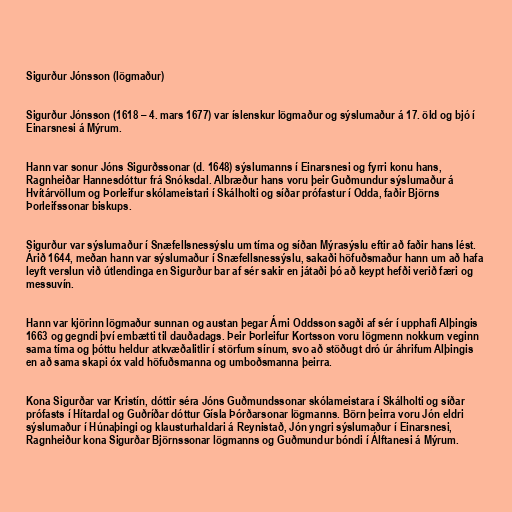
Sigurður Jónsson (lögmaður)

Sigurður Jónsson (1618 – 4. mars 1677) var íslenskur lögmaður og sýslumaður á 17. öld og bjó í
Einarsnesi á Mýrum.

Hann var sonur Jóns Sigurðssonar (d. 1648) sýslumanns í Einarsnesi og fyrri konu hans,
Ragnheiðar Hannesdóttur frá Snóksdal. Albræður hans voru þeir Guðmundur sýslumaður á
Hvítárvöllum og Þorleifur skólameistari í Skálholti og síðar prófastur í Odda, faðir Björns
Þorleifssonar biskups.

Sigurður var sýslumaður í Snæfellsnessýslu um tíma og síðan Mýrasýslu eftir að faðir hans lést.
Árið 1644, meðan hann var sýslumaður í Snæfellsnessýslu, sakaði höfuðsmaður hann um að hafa
leyft verslun við útlendinga en Sigurður bar af sér sakir en játaði þó að keypt hefði verið færi og
messuvín.

Hann var kjörinn lögmaður sunnan og austan þegar Árni Oddsson sagði af sér í upphafi Alþingis
1663 og gegndi því embætti til dauðadags. Þeir Þorleifur Kortsson voru lögmenn nokkurn veginn
sama tíma og þóttu heldur atkvæðalitlir í störfum sínum, svo að stöðugt dró úr áhrifum Alþingis
en að sama skapi óx vald höfuðsmanna og umboðsmanna þeirra.

Kona Sigurðar var Kristín, dóttir séra Jóns Guðmundssonar skólameistara í Skálholti og síðar
prófasts í Hítardal og Guðríðar dóttur Gísla Þórðarsonar lögmanns. Börn þeirra voru Jón eldri
sýslumaður í Húnaþingi og klausturhaldari á Reynistað, Jón yngri sýslumaður í Einarsnesi,
Ragnheiður kona Sigurðar Björnssonar lögmanns og Guðmundur bóndi í Álftanesi á Mýrum.